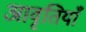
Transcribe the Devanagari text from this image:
आवृतियाँ